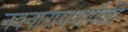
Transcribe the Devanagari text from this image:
नवनारायणापैकी